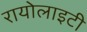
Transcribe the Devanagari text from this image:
रायोलाइटी